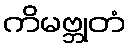
ကိမဗ္ဘုတံ